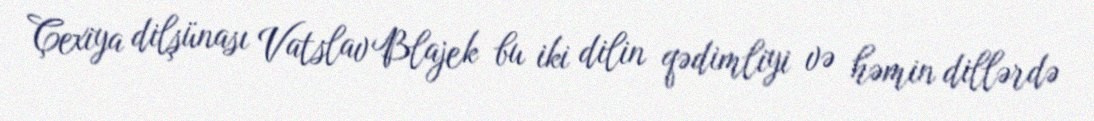
Çexiya dilşünası Vatslav Blajek bu iki dilin qədimliyi və həmin dillərdə